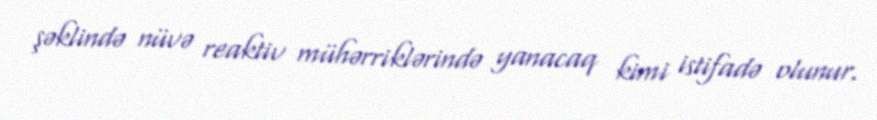
şəklində nüvə reaktiv mühərriklərində yanacaq kimi istifadə olunur.